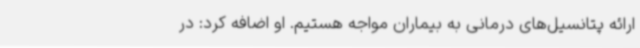
ارائه پتانسیل‌های درمانی به بیماران مواجه هستیم. او اضافه کرد: در